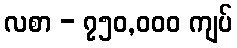
လစာ - ၇၅၀,၀၀၀ ကျပ်